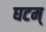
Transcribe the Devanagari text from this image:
घटम्